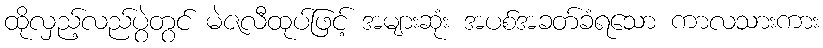
ထိုလှည့်လည်ပွဲတွင် မဲဇလီထုပ်ဖြင့် အများဆုံး အပစ်အခတ်ခံရသော ကာလသားကား